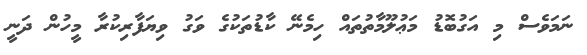
ނަމަވެސް މި އަގުބޮޑު މަޢުލޫމާތުތައް ހިމެނޭ ކާޑުތަކުގެ ވަގު ވިޔަފާރިކުރާ މީހުން ދަނީ